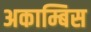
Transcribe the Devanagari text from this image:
अकाम्बिस